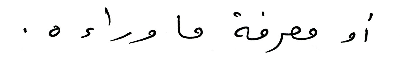
أو معرفة ما وراءه.